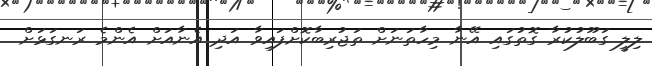
ލިލީ ގަބޫލުކުރާ ގޮތުގައި އޭނާ މިހާތަނަށް ތަޖުރިބާކޮށްފައިވާ އަދި އެނާއަށް އެންމެ ރަނގަޅަށް